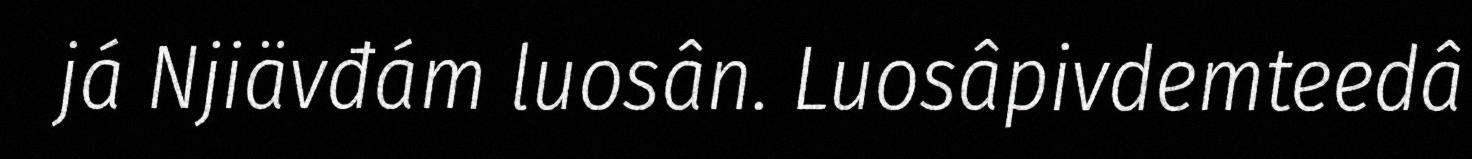
já Njiävđám luosân. Luosâpivdemteedâ